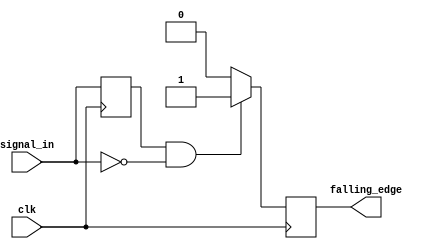
module falling_edge_detector (
    input wire clk,            // Clock input
    input wire signal_in,      // Input signal to detect falling edge
    output reg falling_edge    // Output signal indicating falling edge
);

    reg previous_state;        // Internal register to hold previous state of signal_in

    always @(posedge clk) begin
        // Detect falling edge
        if (previous_state == 1'b1 && signal_in == 1'b0) begin
            falling_edge <= 1'b1; // Set output high for one clock cycle
        end else begin
            falling_edge <= 1'b0; // Set output low otherwise
        end
        
        // Update previous state
        previous_state <= signal_in; // Store current state for next comparison
    end

endmodule